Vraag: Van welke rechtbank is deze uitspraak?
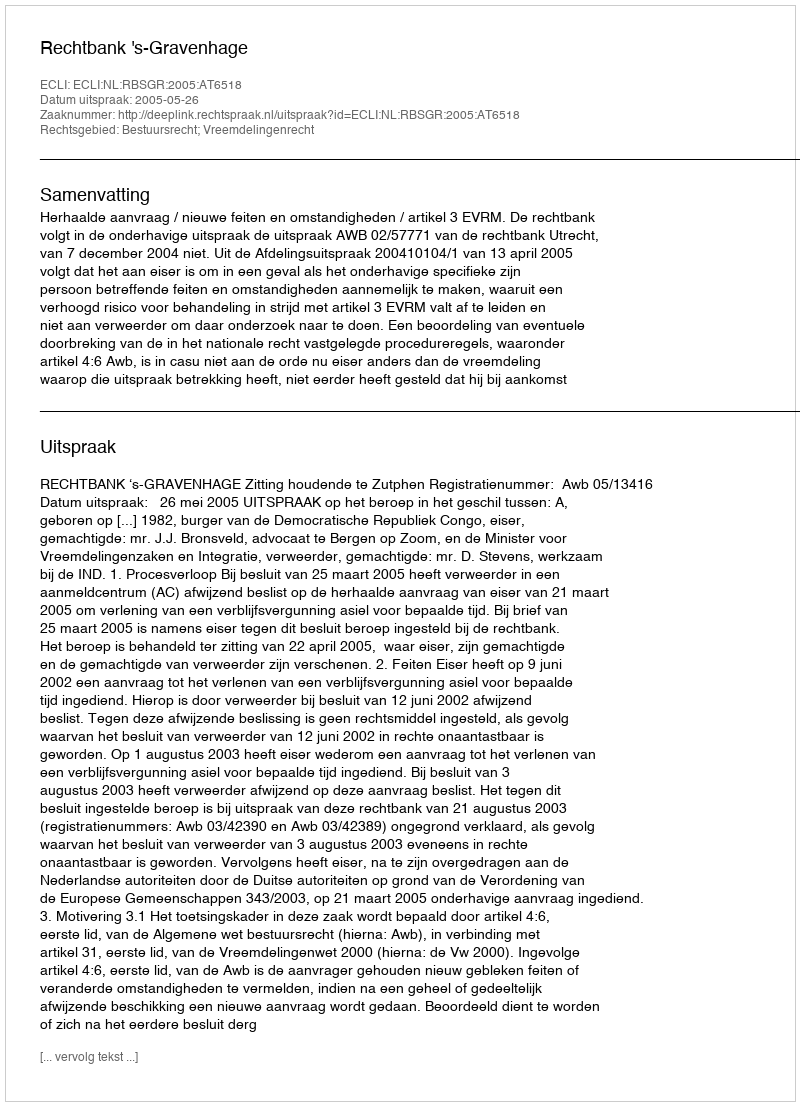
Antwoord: Rechtbank 's-Gravenhage